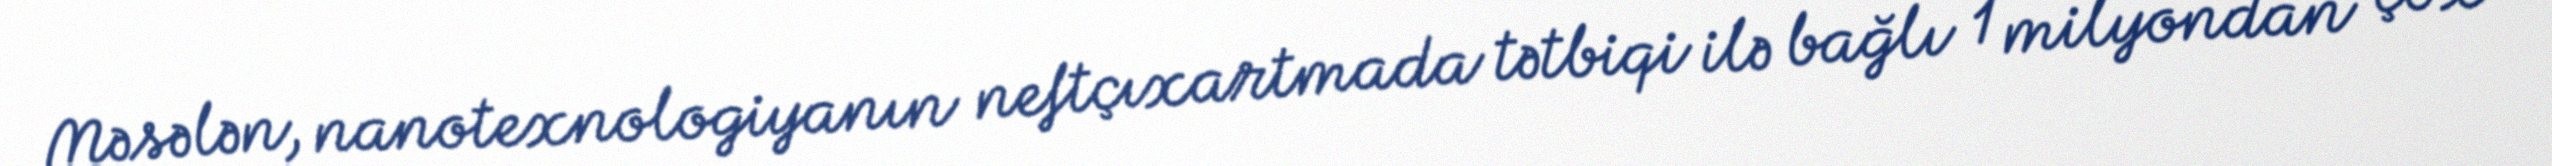
Məsələn, nanotexnologiyanın neftçıxartmada tətbiqi ilə bağlı 1 milyondan çox